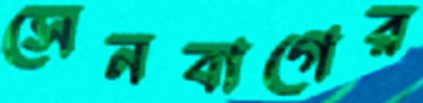
সেনবাগের